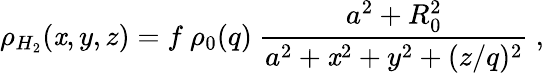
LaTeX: \rho_{H_{2}}(\mathit{x},y,z)=f~{\rho_{0}(q)}~\frac{{a^{2}+R_{0}^{2}}}{{a^{2}+\mathit{x}^{2}+y^{2}+(z/q)^{2}}}~,